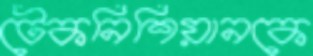
টেকনিশিয়ানকে